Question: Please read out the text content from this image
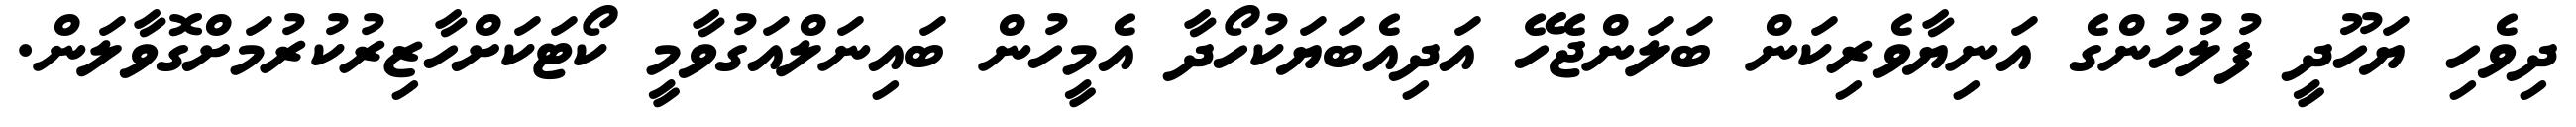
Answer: ދިވެހި ޔަހޫދީ ފުލުހުންގެ އަނިޔާވެރިކަން ބަލަންޖެހޭ އަދިއެބަޔަކުހޯދާ އެމީހުން ބައިނަލްއަގުވާމީ ކޯޓަކަށްހާޒިރުކުރުމަށްގޮވާލަން.